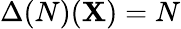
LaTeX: \Delta(N)(\mathbf{X})=N